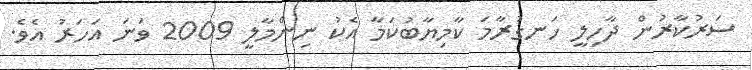
ސަރުކާރުން ދާހިލީ ހަނގުރާމަ ކާމިޔާބުކަމާ އެކު ނިންމާލީ 2009 ވަނަ އަހަރު އެވެ.